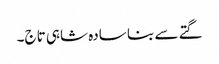
گتے سے بنا سادہ شاہی تاج۔